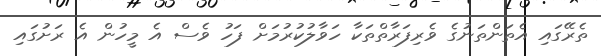
ތެރޭގައި އެތަންތަނުގެ ވެރިފަރާތްތަކާ ހަވާލުކުރުމަށް ފަހު ވެސް އެ މީހުން އެ ރަށުގައި